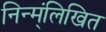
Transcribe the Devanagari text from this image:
निन्म्ंलिखित